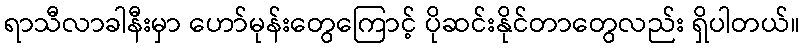
ရာသီလာခါနီးမှာ ဟော်မုန်းတွေကြောင့် ပိုဆင်းနိုင်တာတွေလည်း ရှိပါတယ်။